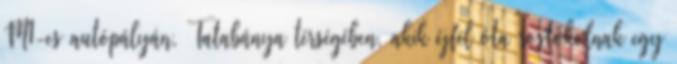
M1-es autópályán, Tatabánya térségében, akik éjfél óta rostokolnak egy